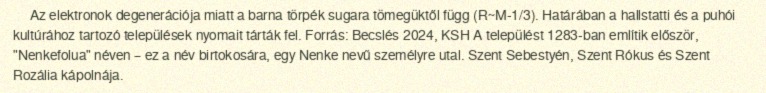
Az elektronok degenerációja miatt a barna törpék sugara tömegüktől függ (R~M-1/3). Határában a hallstatti és a puhói kultúrához tartozó települések nyomait tárták fel. Forrás: Becslés 2024, KSH A települést 1283-ban említik először, "Nenkefolua" néven – ez a név birtokosára, egy Nenke nevű személyre utal. Szent Sebestyén, Szent Rókus és Szent Rozália kápolnája.